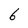
Character: 6